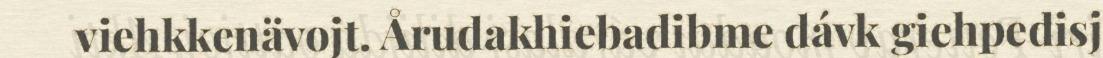
viehkkenävojt. Årudakhiebadibme dávk giehpedisj